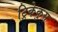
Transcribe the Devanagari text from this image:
ट्रिकेकुस